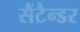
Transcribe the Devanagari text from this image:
सैंटैन्डर